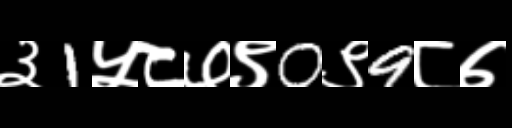
Text: ३1५८७९0९9८७